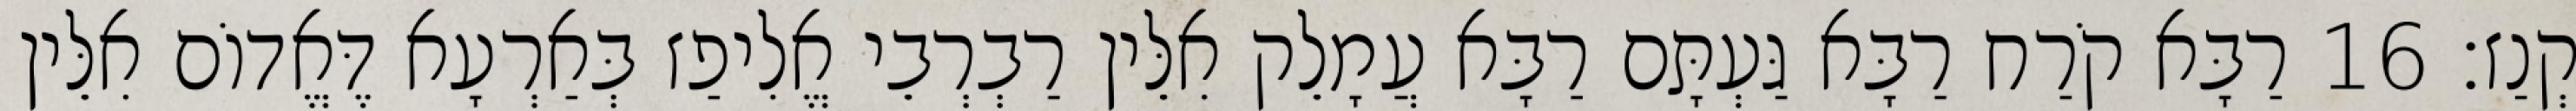
קְנַז׃ 16 רַבָּא קֹרַח רַבָּא גַּעְתָּם רַבָּא עֲמָלֵק אִלֵּין רַבְרְבֵי אֱלִיפַז בְּאַרְעָא דֶּאֱדוֹם אִלֵּין